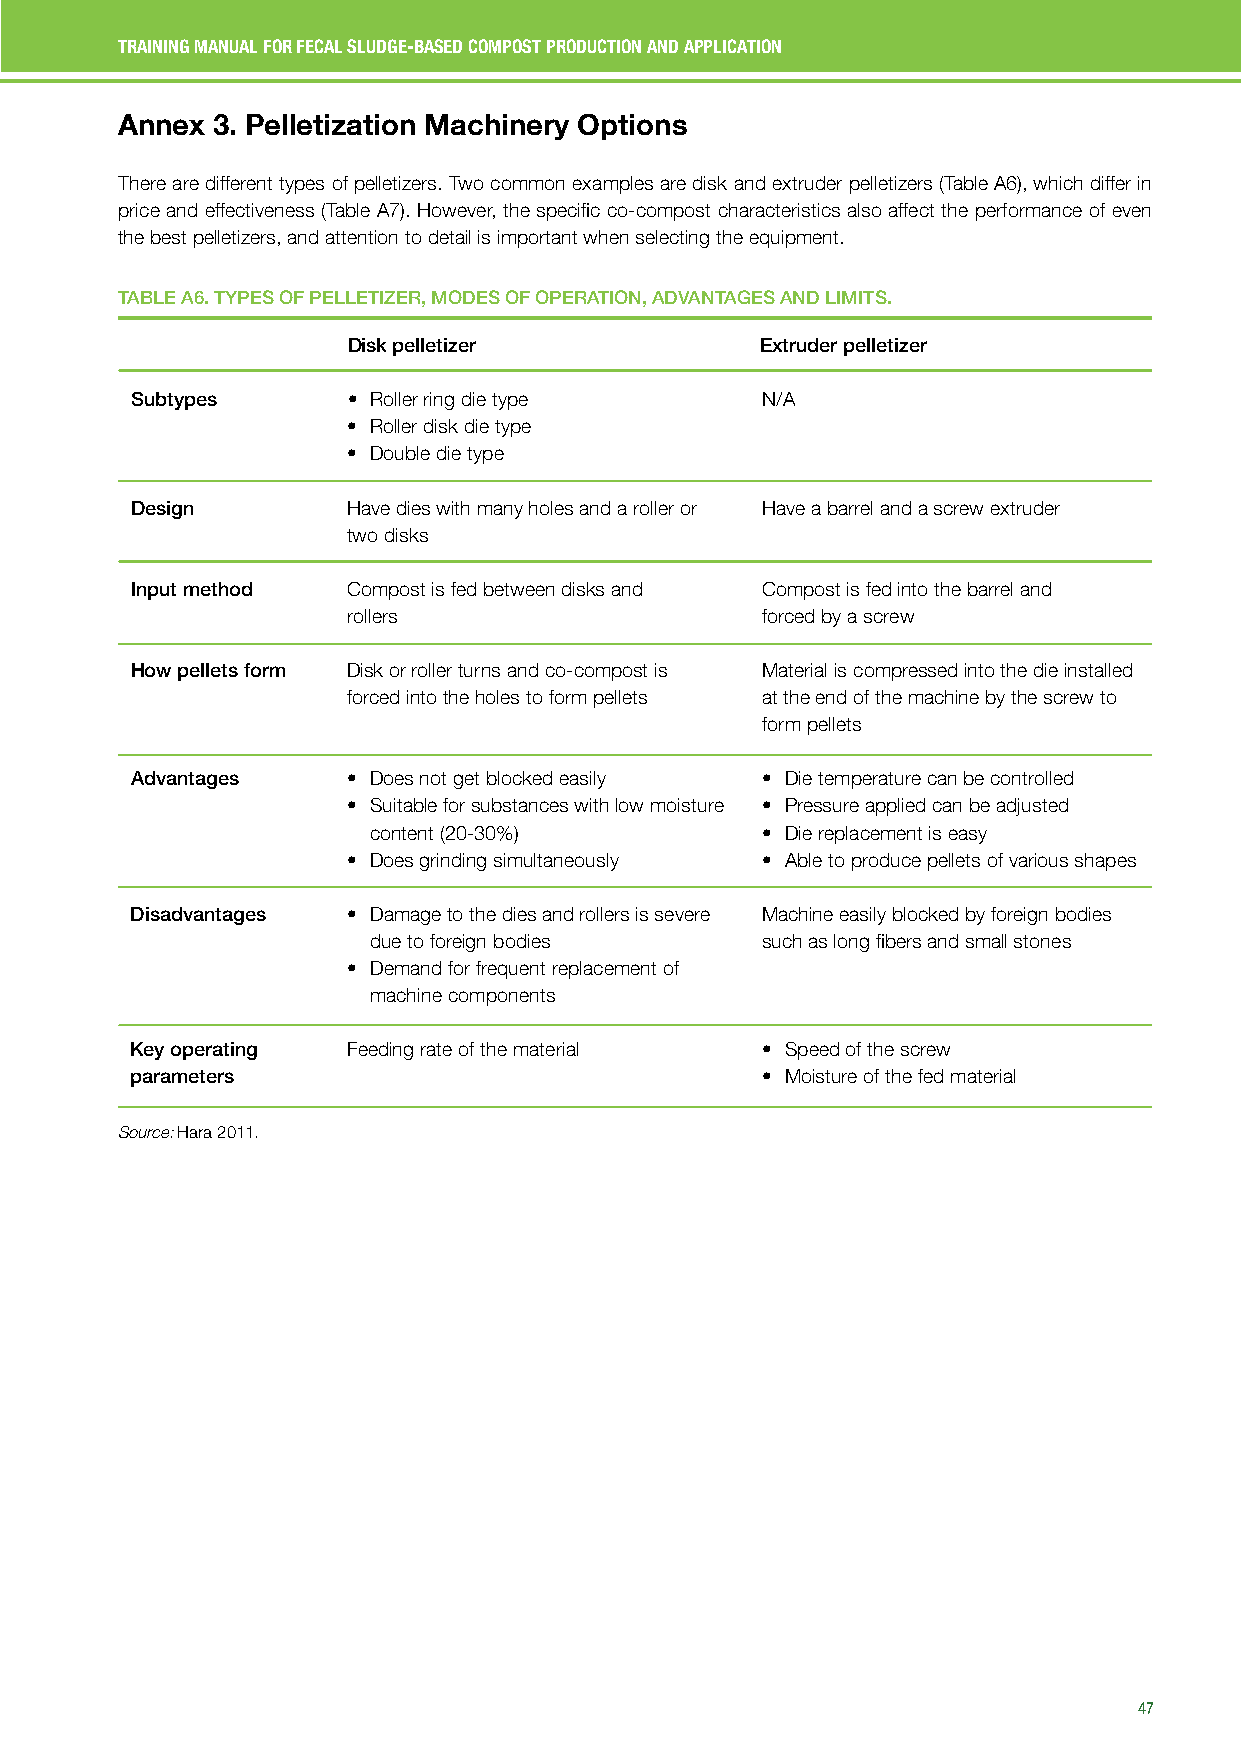
TRAINING MANUAL FOR FECAL SLUDGE-BASED COMPOST PRODUCTION AND APPLICATION
 Annex 3. Pelletization Machinery Options
 There are different types of pelletizers. Two common examples are disk and extruder pelletizers (Table A6), which differ in
 price and effectiveness (Table A7). However, the specific co-compost characteristics also affect the performance of even
 the best pelletizers, and attention to detail is important when selecting the equipment.
 TABLE A6. TYPES OF PELLETIZER, MODES OF OPERATION, ADVANTAGES AND LIMITS.
 Disk pelletizer            Extruder pelletizer
 Subtypes      • Roller ring die type     N/A
 • Roller disk die type
 • Double die type
 Design        Have dies with many holes and a roller or Have a barrel and a screw extruder
 two disks
 Input method  Compost is fed between disks and Compost is fed into the barrel and
 rollers                    forced by a screw
 How pellets form Disk or roller turns and co-compost is Material is compressed into the die installed
 forced into the holes to form pellets at the end of the machine by the screw to
 form pellets
 Advantages    • Does not get blocked easily • Die temperature can be controlled
 • Suitable for substances with low moisture • Pressure applied can be adjusted
 content (20-30%)          • Die replacement is easy
 • Does grinding simultaneously • Able to produce pellets of various shapes
 Disadvantages • Damage to the dies and rollers is severe Machine easily blocked by foreign bodies
 due to foreign bodies     such as long fibers and small stones
 • Demand for frequent replacement of
 machine components
 Key operating Feeding rate of the material • Speed of the screw
 parameters                               • Moisture of the fed material
 Source: Hara 2011.
 47